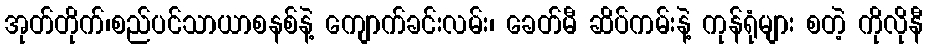
အုတ်တိုက်၊စည်ပင်သာယာစနစ်နဲ့ ကျောက်ခင်းလမ်း၊ ခေတ်မီ ဆိပ်ကမ်းနဲ့ ကုန်ရုံများ စတဲ့ ကိုလိုနီ